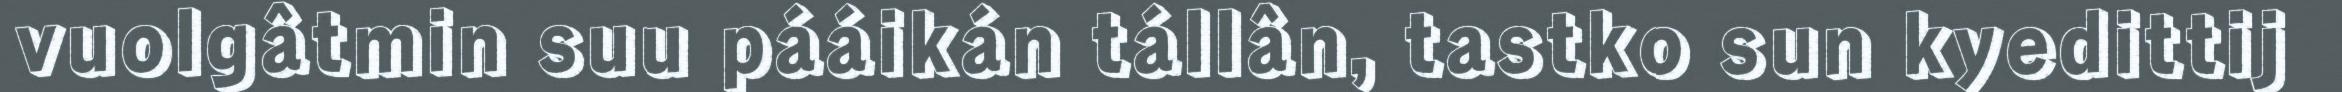
vuolgâtmin suu pááikán tállân, tastko sun kyedittij